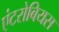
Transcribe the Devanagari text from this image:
एंटरोबियस